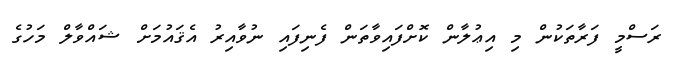
ރަސްމީ ފަރާތަކުން މި އިޢުލާން ކޮށްފައިވާތަން ފެނިފައި ނުވާއިރު އެޤައުމަށް ޝައްވާލް މަހުގެ